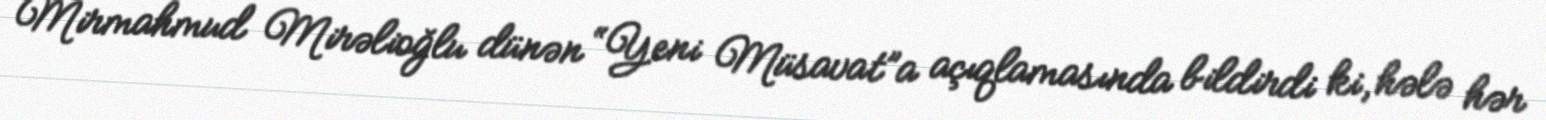
Mirmahmud Mirəlioğlu dünən “Yeni Müsavat”a açıqlamasında bildirdi ki, hələ hər